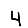
Digit: 4